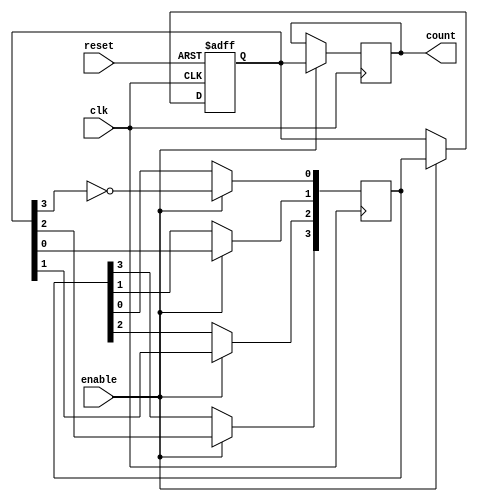
module JohnsonCounterWithEnable (
    input wire clk,
    input wire reset,
    input wire enable,
    output reg [3:0] count
);

reg [3:0] q, next_q;

always @(posedge clk or posedge reset) begin
    if (reset) begin
        q <= 4'd0;
    end else if (enable) begin
        q <= next_q;
    end
end

always @(posedge clk) begin
    if (enable) begin
        count <= q;
        next_q[3] <= q[2];
        next_q[2] <= q[1];
        next_q[1] <= q[0];
        next_q[0] <= ~q[3];
    end
end

endmodule